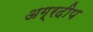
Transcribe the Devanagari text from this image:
अग्रदीप